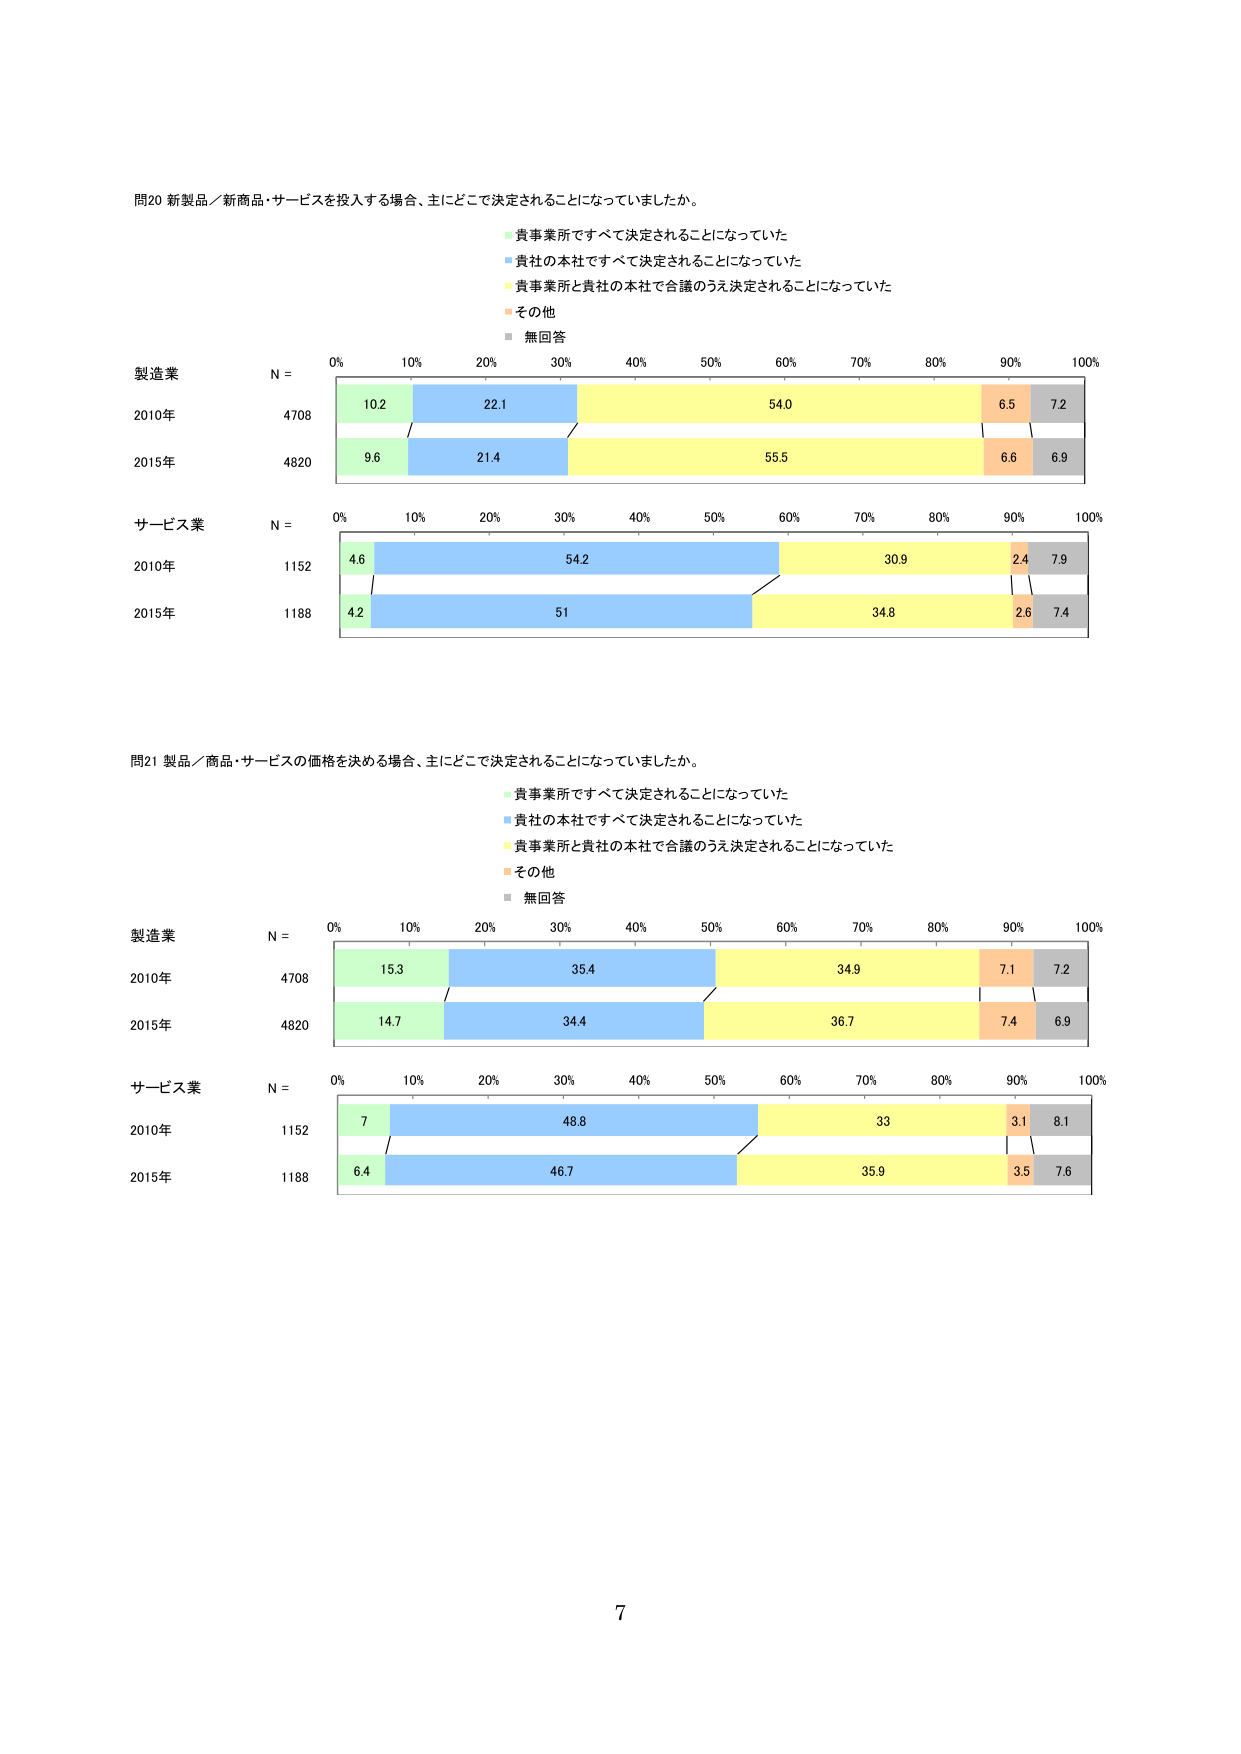
問20 新製品／新商品・サービスを投入する場合、主にどこで決定されることになっていましたか。

■ 貴事業所ですべて決定されることになっていた
■ 貴社の本社ですべて決定されることになっていた
■ 貴事業所と貴社の本社で合議のうえ決定されることになっていた
■ その他
■ 無回答

製造業
N = 0% 10% 20% 30% 40% 50% 60% 70% 80% 90% 100%
2010年 4708 10.2 22.1 54.0 6.5 7.2
2015年 4820 9.6 21.4 55.5 6.6 6.9

サービス業
N = 0% 10% 20% 30% 40% 50% 60% 70% 80% 90% 100%
2010年 1152 4.6 54.2 30.9 2.4 7.9
2015年 1188 4.2 51 34.8 2.6 7.4

問21 製品／商品・サービスの価格を決める場合、主にどこで決定されることになっていましたか。

■ 貴事業所ですべて決定されることになっていた
■ 貴社の本社ですべて決定されることになっていた
■ 貴事業所と貴社の本社で合議のうえ決定されることになっていた
■ その他
■ 無回答

製造業
N = 0% 10% 20% 30% 40% 50% 60% 70% 80% 90% 100%
2010年 4708 15.3 35.4 34.9 7.1 7.2
2015年 4820 14.7 34.4 36.7 7.4 6.9

サービス業
N = 0% 10% 20% 30% 40% 50% 60% 70% 80% 90% 100%
2010年 1152 7 48.8 33 3.1 8.1
2015年 1188 6.4 46.7 35.9 3.5 7.6

7